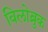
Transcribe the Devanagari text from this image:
विलोब्रुक